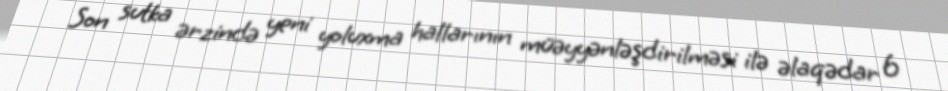
Son sutka ərzində yeni yoluxma hallarının müəyyənləşdirilməsi ilə əlaqədar 6